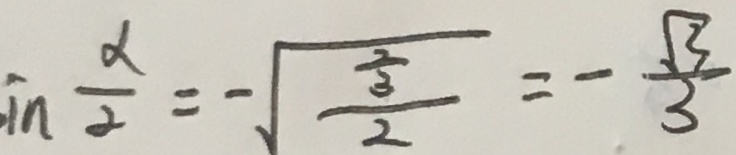
i n \frac { \alpha } { 2 } = - \sqrt { \frac { \frac { 2 } { 3 } } { 2 } } = - \frac { \sqrt { 3 } } { 3 }